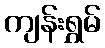
ကျန်းရွှမ်